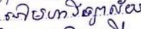
នៅមហាវិទ្យាល័យ